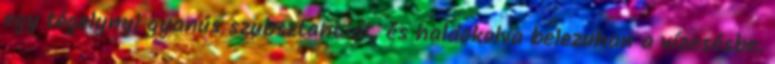
egy tégelynyi gyanús szubsztanciát, és haldokolva belezuhan a vízesésbe.